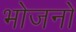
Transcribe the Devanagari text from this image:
भोजनो